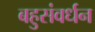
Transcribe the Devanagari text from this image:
बहुसंवर्धन